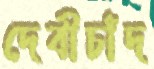
দেবীচাঁদ